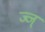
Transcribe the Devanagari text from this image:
ज्ज्